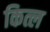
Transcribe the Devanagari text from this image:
कित्ल